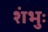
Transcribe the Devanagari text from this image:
शंभुः